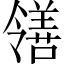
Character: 𫅜